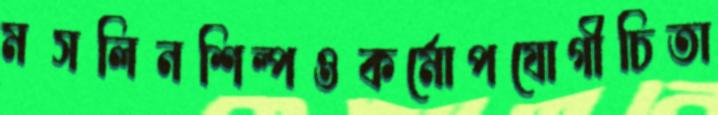
মসলিনশিল্পওকর্মোপযোগীচিতা